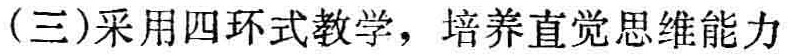
(三)采用四环式教学，培养直觉思维能力